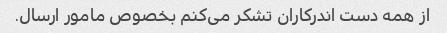
از همه دست اندرکاران تشکر می‌کنم بخصوص مامور ارسال.